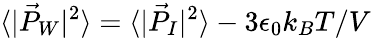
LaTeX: \langle|\vec{P}_{W}|^{2}\rangle=\langle|\vec{P}_{I}|^{2}\rangle-3\epsilon_{0}k_{B}T/V